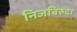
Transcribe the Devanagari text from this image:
निजबिरुदा